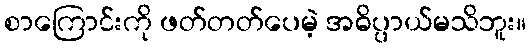
စာကြောင်းကို ဖတ်တတ်ပေမဲ့ အဓိပ္ပာယ်မသိဘူး။